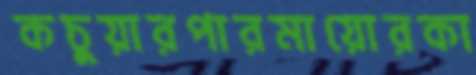
কচুয়ারপারমায়োরকা